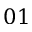
0 1